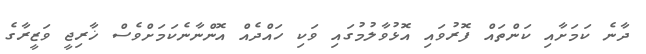
ދާނެ ކަމަށާއި ކަންތައް ފޮރުވައި އޮޅުވާލުމުގައި ވަކި ހައްދެއް އޮންނާނެކަމަށްވެސް ޚާރިޖީ ވަޒީރާގެ